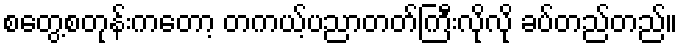
စတွေ့စတုန်းကတော့ တကယ့်ပညာတတ်ကြီးလိုလို ခပ်တည်တည်။